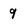
Character: 9